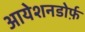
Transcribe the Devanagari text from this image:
आयेशनडोर्फ़